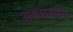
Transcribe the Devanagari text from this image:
सहस्रस्रोत